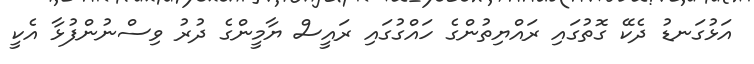
އަޅުގަނޑު ދެކޭ ގޮތުގައި ރައްޔިތުންގެ ހައްގުގައި ރައީސް ޔާމީންގެ ދުރު ވިސްނުންފުޅާ އެކީ